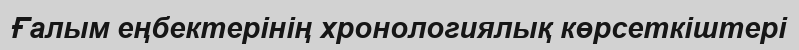
Ғалым еңбектерінің хронологиялық көрсеткіштері